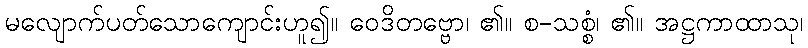
မလျောက်ပတ်သောကျောင်းဟူ၍။ ဝေဒိတဗ္ဗော၊ ၏။ စ-သစ္စံ၊ ၏။ အဋ္ဌကာထာသု၊